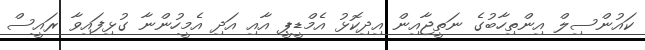
ކައުންސިލް އިންތިހާބުގެ ނަތީޖާއިން އިދިކޮޅު އެމްޑީޕީ އާއި އަދި އެމީހުންނާ ގުޅިފައިވާ ރައީސް